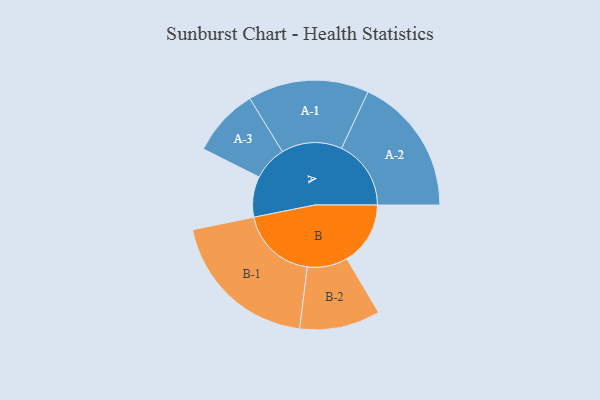
{"axis": {"x": "Segment", "y": "Value"}, "legend": ["", "A", "B"], "data": [{"x": "A", "y": 137, "type": ""}, {"x": "B", "y": 214, "type": ""}, {"x": "A-1", "y": 204, "type": "A"}, {"x": "A-2", "y": 234, "type": "A"}, {"x": "A-3", "y": 115, "type": "A"}, {"x": "B-1", "y": 258, "type": "B"}, {"x": "B-2", "y": 136, "type": "B"}]}